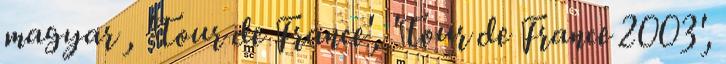
magyar , 'Tour de France', 'Tour de France 2003',